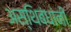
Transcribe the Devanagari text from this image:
अस्थिबंधांनी